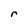
Character: r